65_HS1-834228961_62-HQ-83894_Section_6
Agency: FBI
Page 112
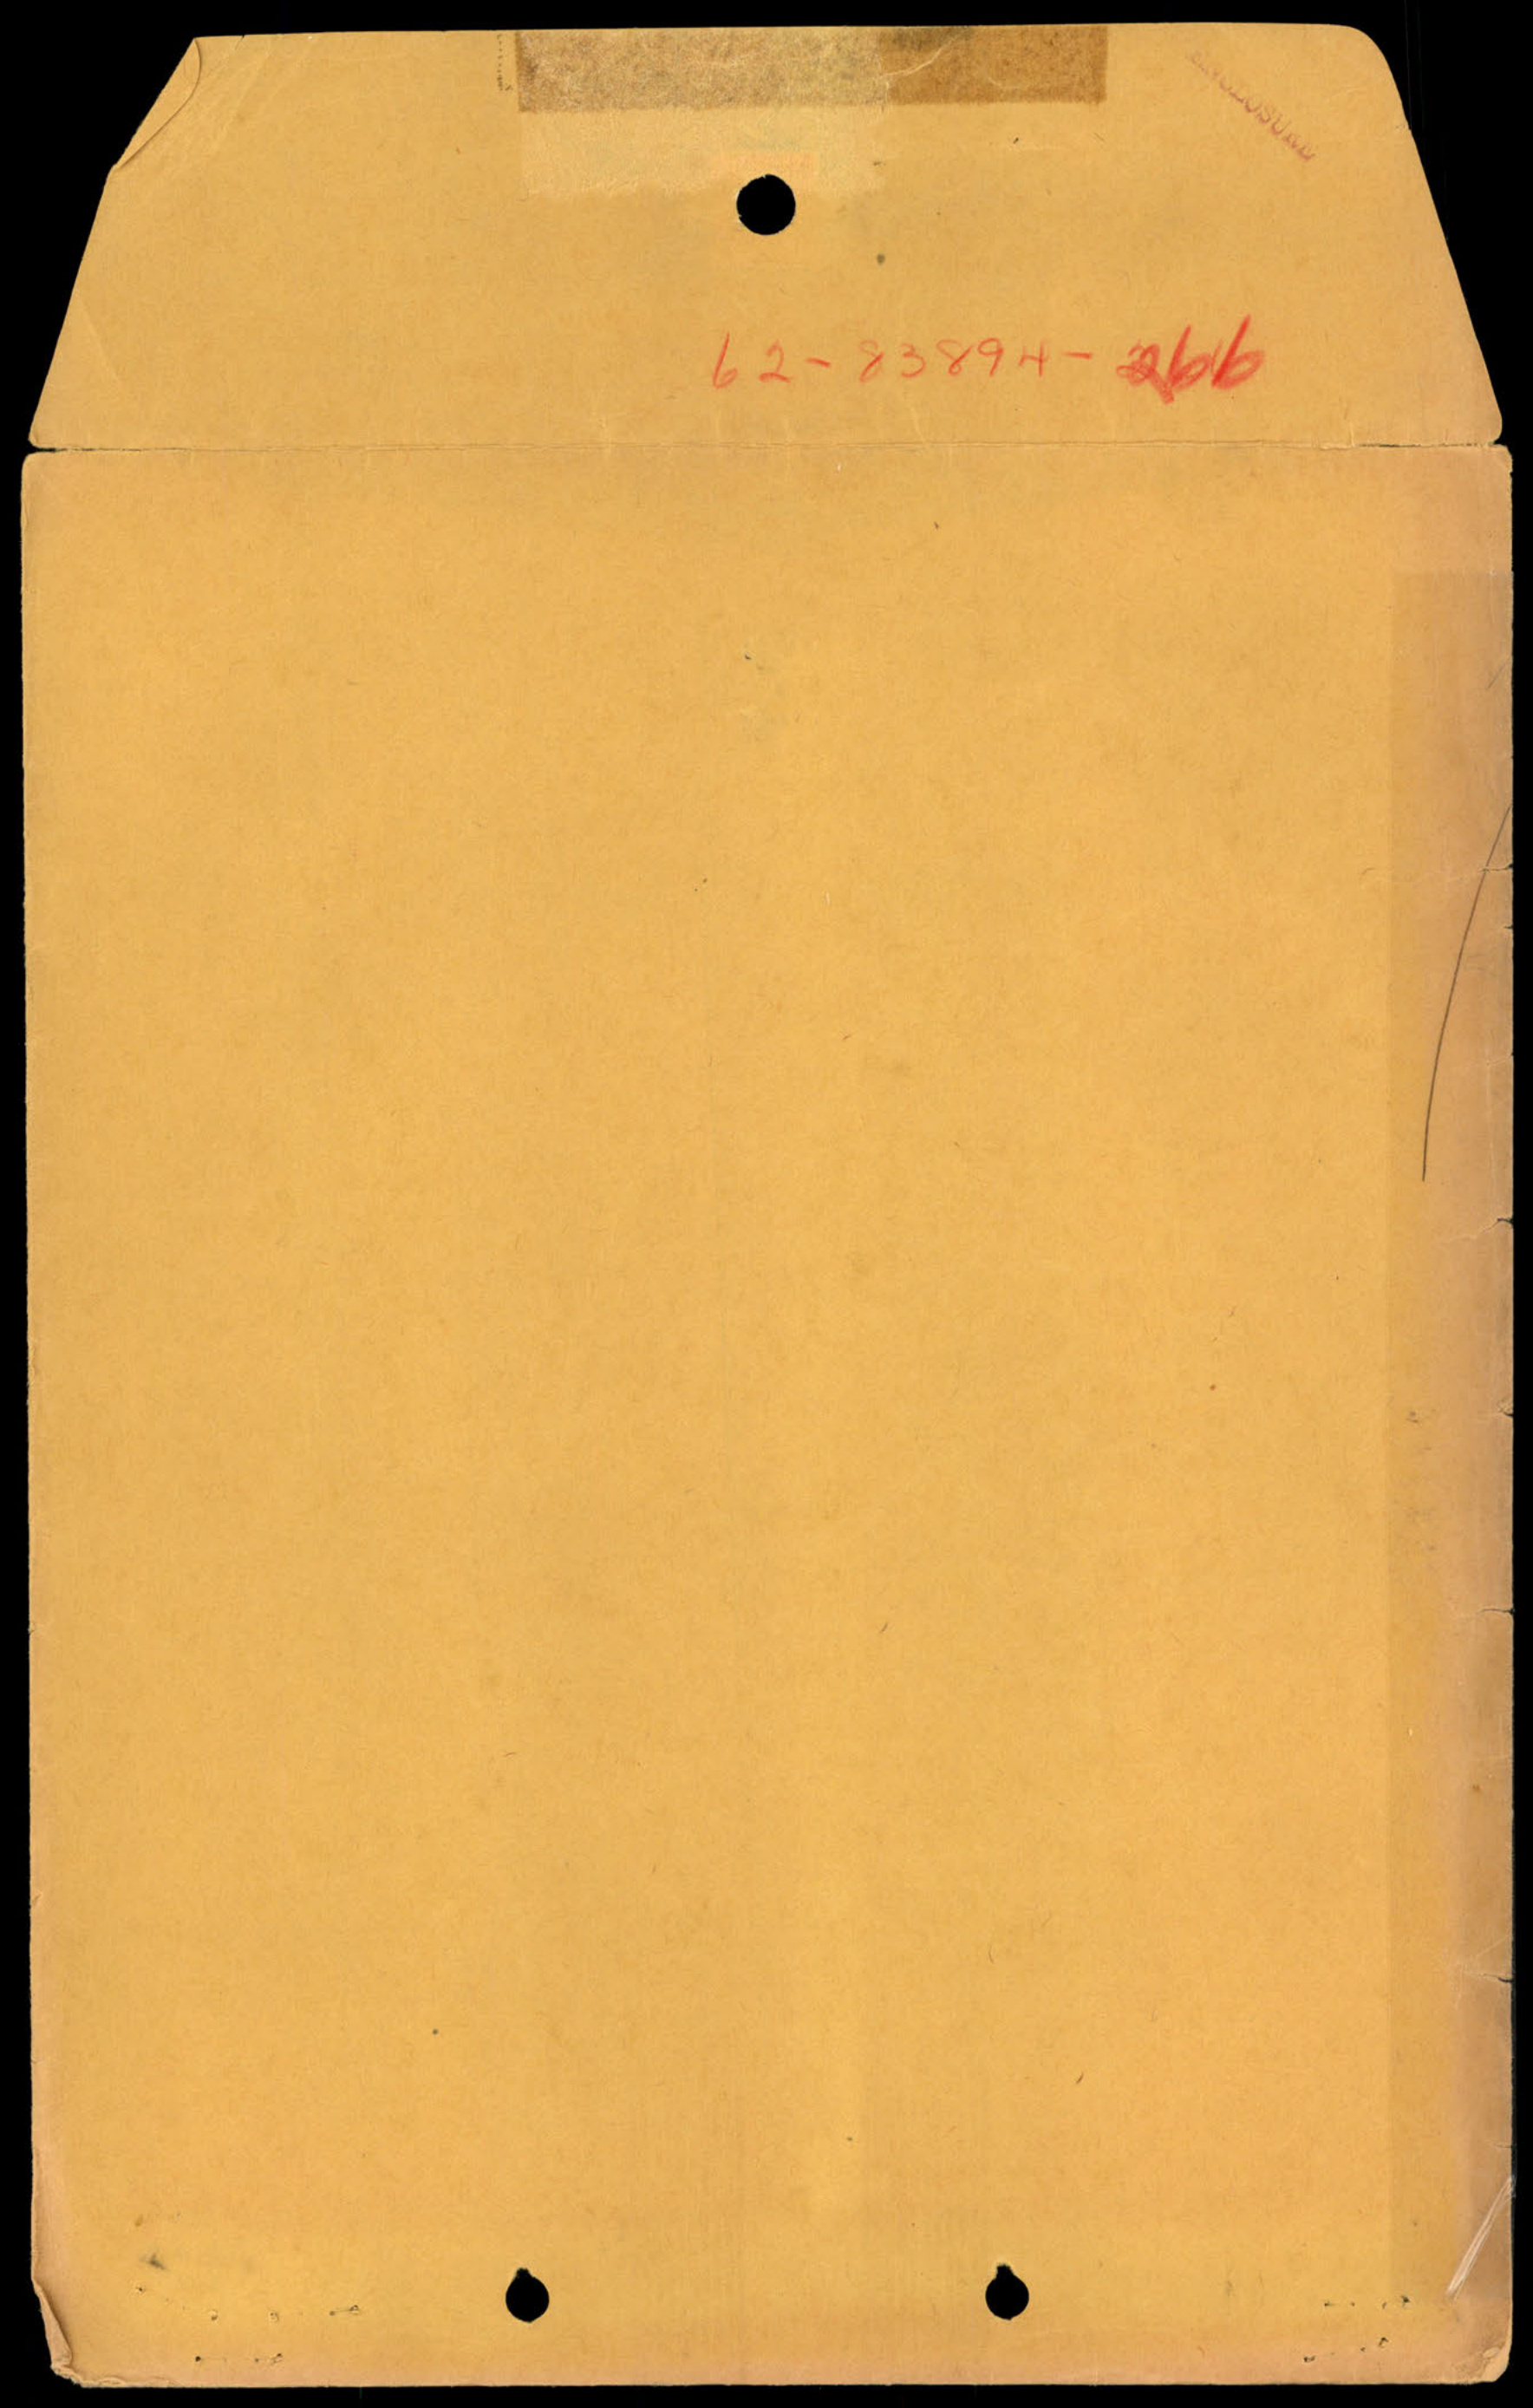